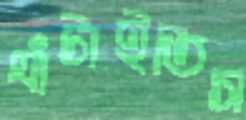
ঘাঁটাইতিস